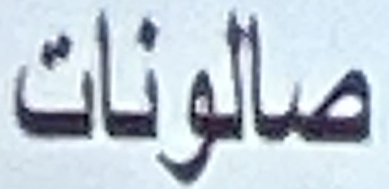
صالونات